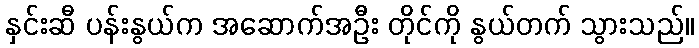
နှင်းဆီ ပန်းနွယ်က အဆောက်အဦး တိုင်ကို နွယ်တက် သွားသည်။